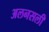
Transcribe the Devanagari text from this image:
अलनसली